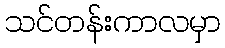
သင်တန်းကာလမှာ